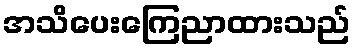
အသိပေးကြေညာထားသည်